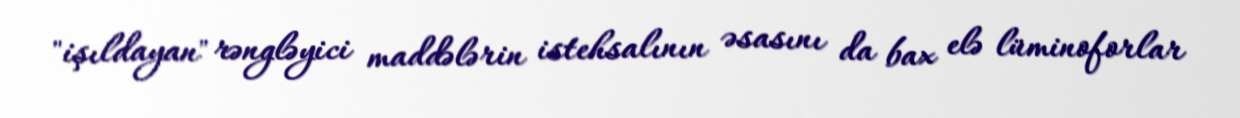
"işıldayan" rəngləyici maddələrin istehsalının əsasını da bax elə lüminoforlar